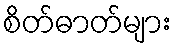
စိတ်ဓာတ်များ